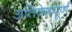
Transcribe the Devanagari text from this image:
अतिवेगपूर्ण